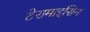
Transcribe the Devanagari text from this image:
टेरामाइसिन